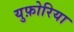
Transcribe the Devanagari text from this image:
युफ़ोरिया